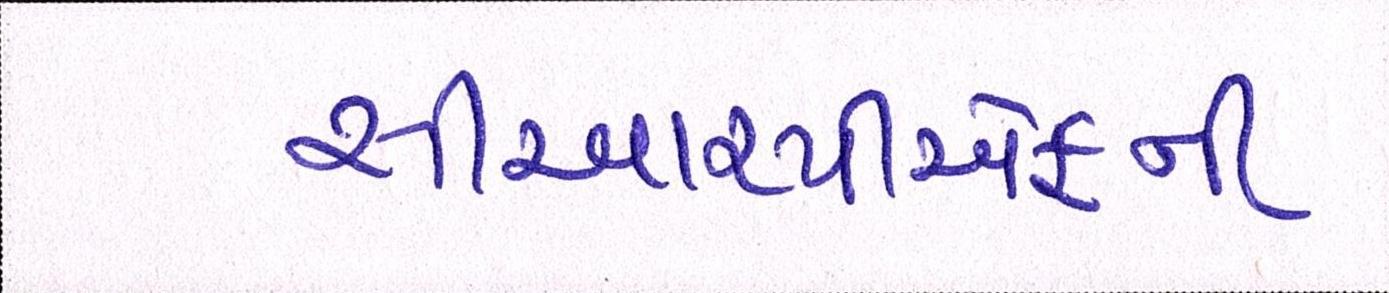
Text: સીઆરપીએફની